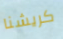
كريشنا